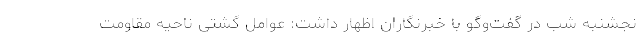
نجشنبه شب در گفت‌وگو با خبرنگاران اظهار داشت: عوامل گشتی ناحیه مقاومت